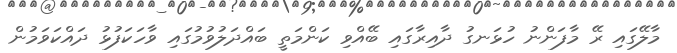
މާލޭގައި ރޭ މާފަންނު ހުޅަނގު ދާއިރާގައި ބޭއްވި ކަންމަތީ ބައްދަލުވުމުގައި ވާހަކަފުޅު ދައްކަވަމުން